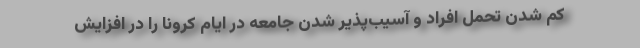
کم شدن تحمل افراد و آسیب‌پذیر شدن جامعه در ایام کرونا را در افزایش